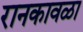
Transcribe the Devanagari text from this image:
रानकावळा